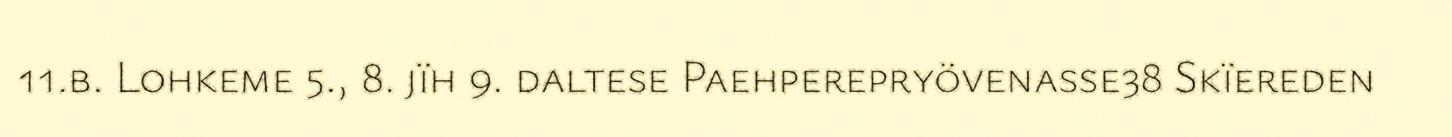
11.b. Lohkeme 5., 8. jïh 9. daltese Paehperepryövenasse38 Skïereden